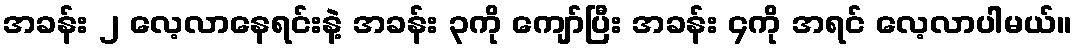
အခန်း ၂ လေ့လာနေရင်းနဲ့ အခန်း ၃ကို ကျော်ပြီး အခန်း ၄ကို အရင် လေ့လာပါမယ်။